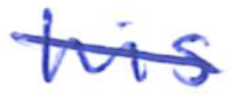
Text: his
Cross-out: diagonal
Writing tool: ballpoint